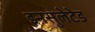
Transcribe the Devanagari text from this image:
इनसुलेटेड